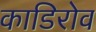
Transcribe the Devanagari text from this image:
काडिरोव